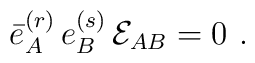
\bar e^{(r)}_A \,  e^{(s)}_B \,  {\cal E}_{AB} =0 \, \,.